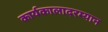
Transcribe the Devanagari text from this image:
कार्यकालादरम्यान